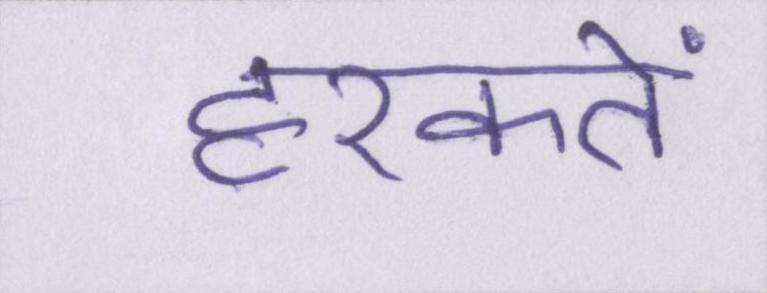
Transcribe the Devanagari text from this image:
हरकतें